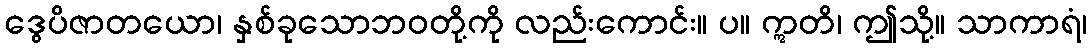
ဒွေပိဇာတယော၊ နှစ်ခုသောဘဝတို့ကို လည်းကောင်း။ ပ။ ဣတိ၊ ဤသို့။ သာကာရံ၊